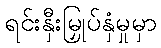
ရင်းနှီးမြှုပ်နှံမှုမှာ